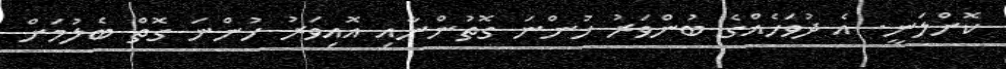
ކޮށްލަނީ. އެ ދުވަހެއްގެ ބުންވަރު ހުންނަ ގޮތުންނާއި އޮއިވަރު ހުންނަ ގޮތް ބެލުމަށް